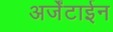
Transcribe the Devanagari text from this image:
अर्जेंटाईन